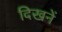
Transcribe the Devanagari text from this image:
दिखनें